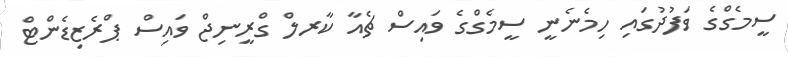
ސީމެގްގެ ވަފުދުގައި ހިމެނެނީ ސީމެގްގެ ވައިސް ޗެއާ ކާރލް ގްރީނިޖް ވައިސް ޕްރެޒިޑެންޓް